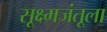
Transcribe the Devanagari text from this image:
सूक्ष्मजंतूला